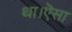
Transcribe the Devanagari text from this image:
था।ऎसा